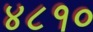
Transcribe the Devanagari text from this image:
४८१०